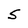
Character: S